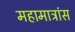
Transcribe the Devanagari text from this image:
महामात्रांस